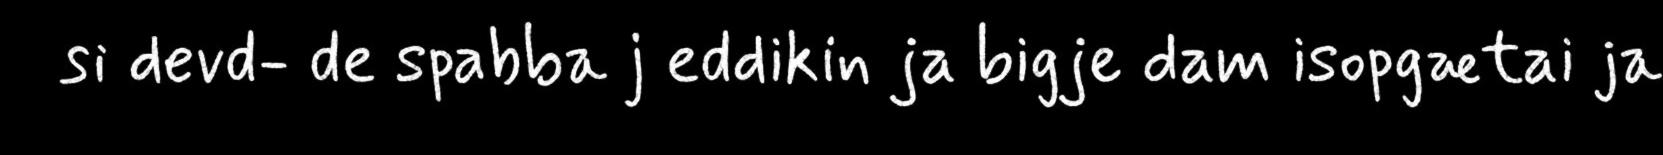
si devd- de spabba j eddikin ja bigje dam isopgætai ja